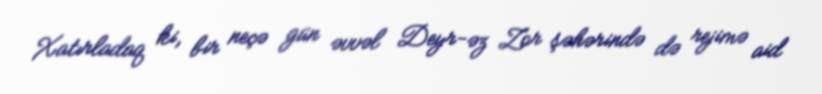
Xatırladaq ki, bir neçə gün əvvəl Deyr-əz Zor şəhərində də rejimə aid